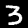
Label: 3